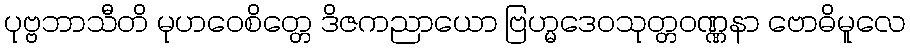
ပုဗ္ဗဘာသီတိ မုဟဝေစိတ္တေ ဒိဇကညာယော ဗြဟ္မဒေဝသုတ္တဝဏ္ဏနာ ဗောဓိမူလေ